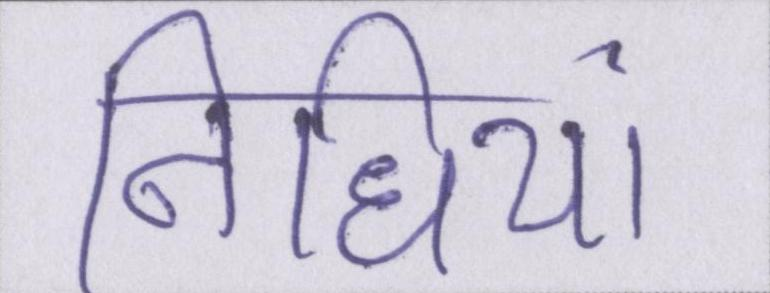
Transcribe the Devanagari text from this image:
निधियां